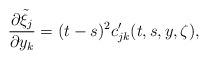
LaTeX: \begin{align*}\frac{\partial \tilde{\xi}_j}{\partial y_k}=(t-s)^2c'_{jk}(t,s,y,\zeta),\end{align*}